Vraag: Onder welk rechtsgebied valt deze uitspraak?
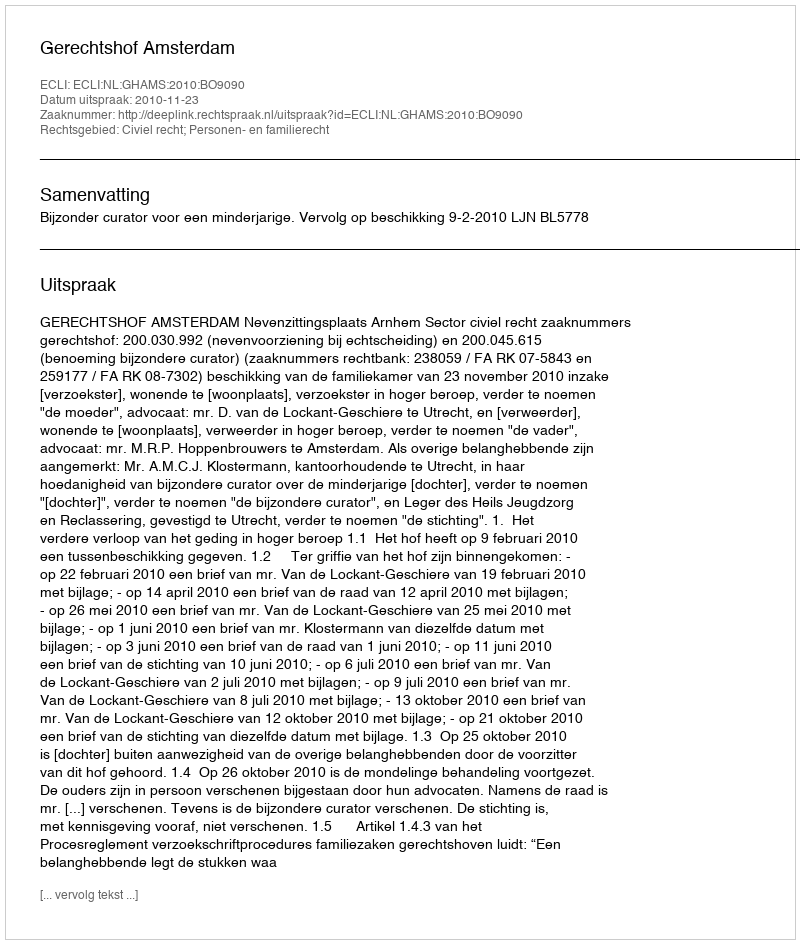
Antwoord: Civiel recht; Personen- en familierecht